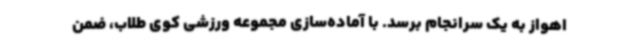
اهواز به یک سرانجام برسد. با آماده‌سازی مجموعه ورزشی کوی طلاب، ضمن